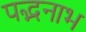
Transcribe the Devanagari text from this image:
पद्भनाभ